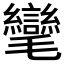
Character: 𭯮